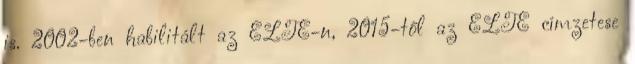
is. 2002-ben habilitált az ELTÉ-n, 2015-től az ELTE címzetese